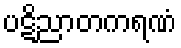
ပဋိညာတကရဏံ